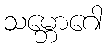
သမ္ဘောဂေါ